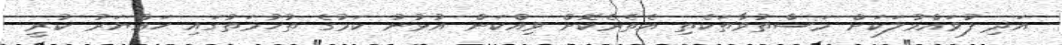
އަދި ފުވައްމުލަކަށް މަސްތުވާތަކެތި އެތެރެކޮށް ވިއްކަން އުޅުނު ކަމުގެ ތުހުމަތުގައި ހައްޔަރު ކުރީ